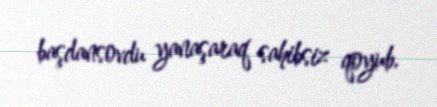
başdansovdu yanaşaraq sahibsiz qoyub.